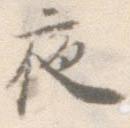
夜